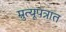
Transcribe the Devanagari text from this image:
म्रुत्यूपत्रात